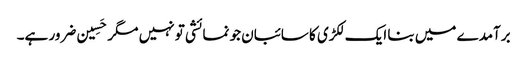
برآمدے میں بنا ایک لکڑی کا سائبان جو نمائشی تو نہیں مگر حَسِین ضرور ہے۔